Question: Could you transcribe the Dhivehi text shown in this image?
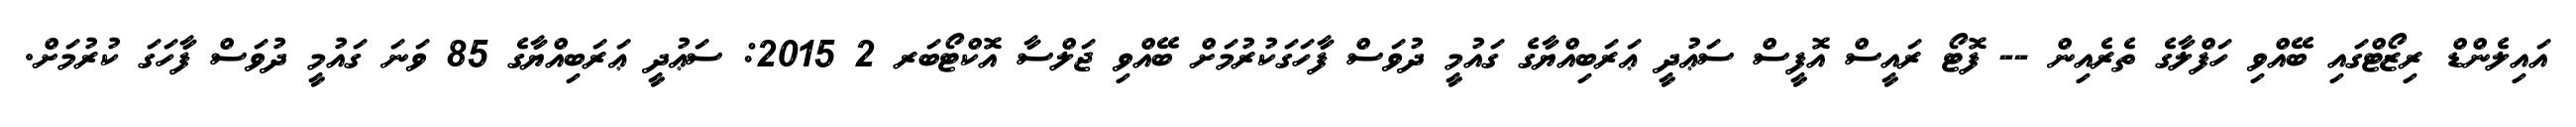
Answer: އައިލެންޑް ރިޒޯޓްގައި ބޭއްވި ހަފްލާގެ ތެރެއިން -- ފޮޓޯ ރައީސް އޮފީސް ސަޢުދީ ޢަރަބިއްޔާގެ ގައުމީ ދުވަސް ފާހަގަކުރުމަށް ބޭއްވި ޖަލްސާ އޮކްޓޯބަރ 2 2015: ސަޢުދީ ޢަރަބިއްޔާގެ 85 ވަނަ ގައުމީ ދުވަސް ފާހަގަ ކުރުމަށް.